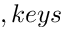
, k e y s